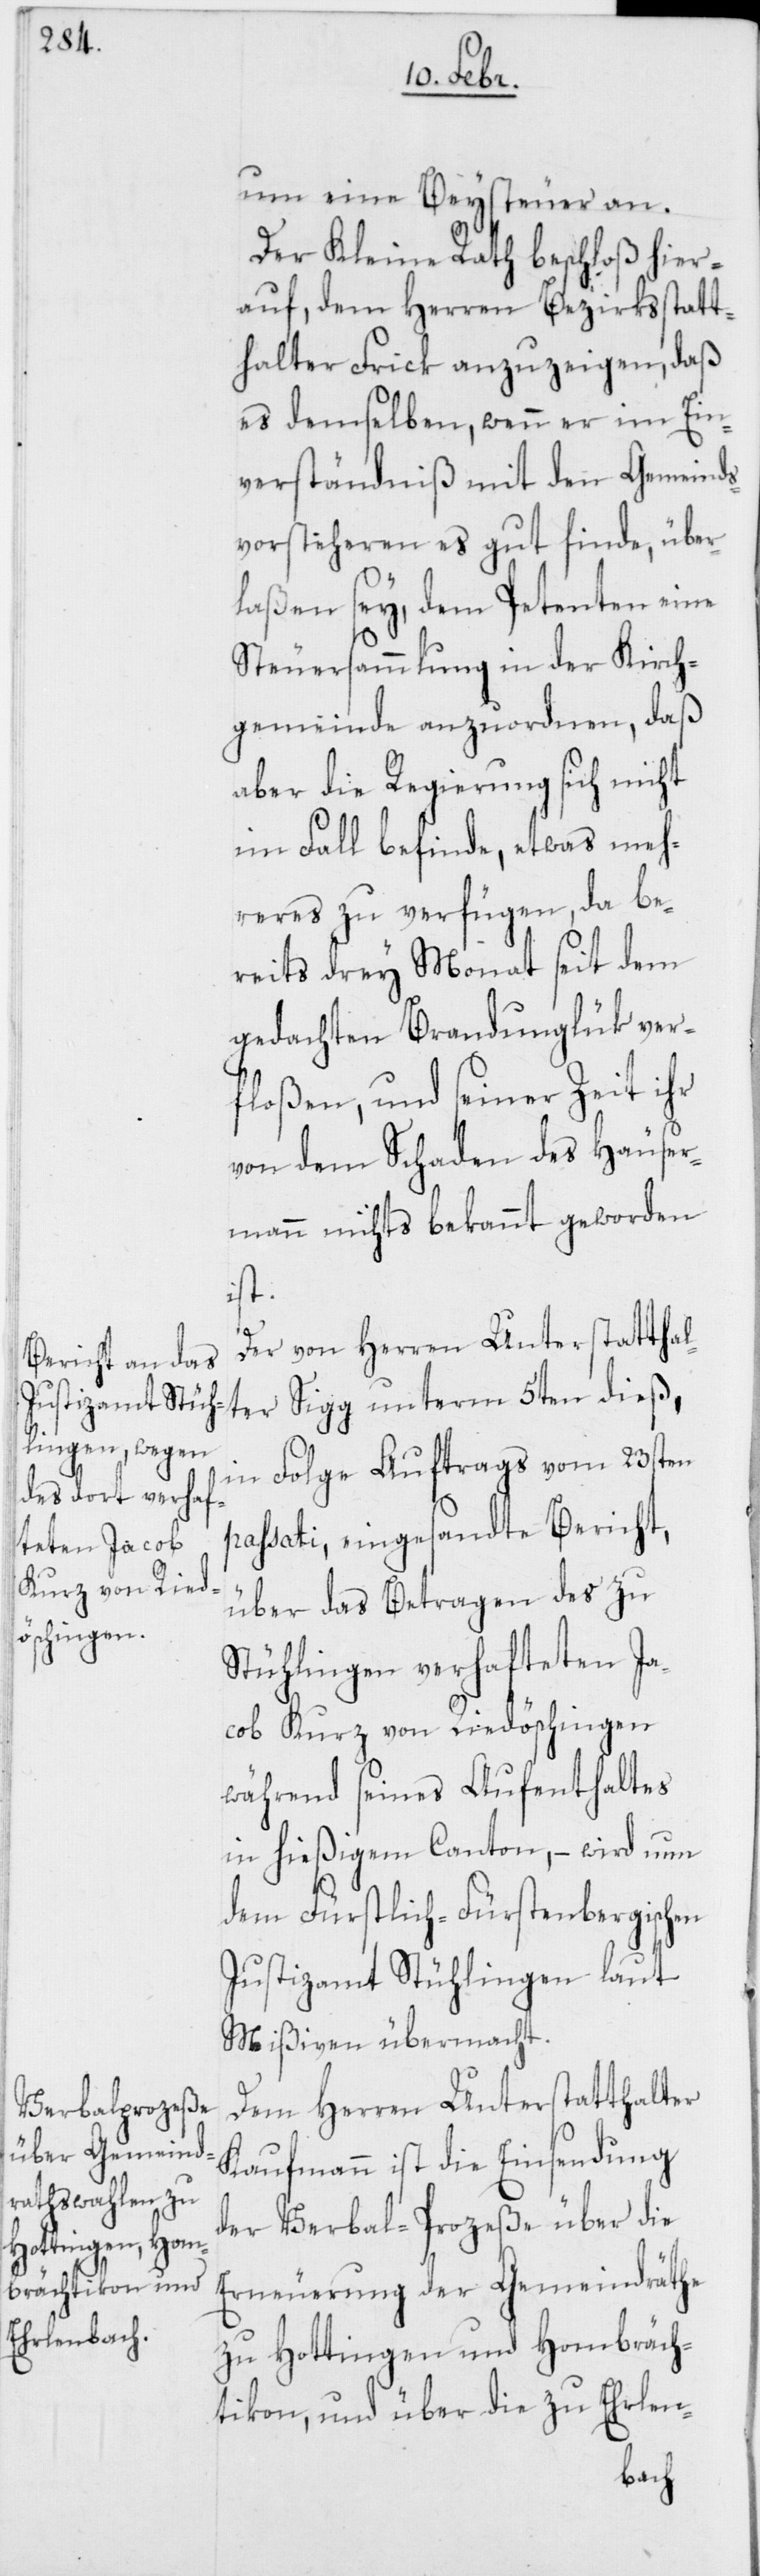
um eine Beysteuer an.
Der Kleine Rath beschloß hier¬
auf, dem Herren Bezirksstatt¬
halter Frick anzuzeigen, daß
es demselben, wenn er im Ein¬
verständniß mit den Gemeinds¬
vorsteheren es gut finde, über¬
laßen sey, dem Petenten eine
Steuersammlung in der Kirch¬
gemeinde anzuordnen, daß
aber die Regierung sich nicht
im Fall befinde, etwas meh¬
reres zu verfügen, da be¬
reits drey Monat seit dem
gedachten Brandunglük ver¬
floßen, und seiner Zeit ihr
von dem Schaden des Häuser¬
mann nichts bekannt geworden
ist.
Der von Herren Unterstatthal¬
ter Sigg unterm 5ten dieß,
in Folge Auftrags vom 23sten
passati, eingesandte Bericht,
über das Betragen des zu
Stühlingen verhafteten Ja¬
cob Kurz von Riedöschingen
während seines Aufenthaltes
in hießigem Canton, – wird nun
dem Fürstlich-Fürstenbergischen
Justizamt Stühlingen laut
Mißiven übermacht.
Dem Herren Unterstatthalter
Kaufmann ist die Einsendung
der Verbal-Prozeße über die
Erneuerung der Gemeindräthe
zu Hottingen und Hombräch¬
tikon, und über die zu Erlen-